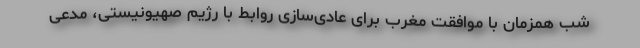
شب همزمان با موافقت مغرب برای عادی‌سازی روابط با رژیم صهیونیستی، مدعی